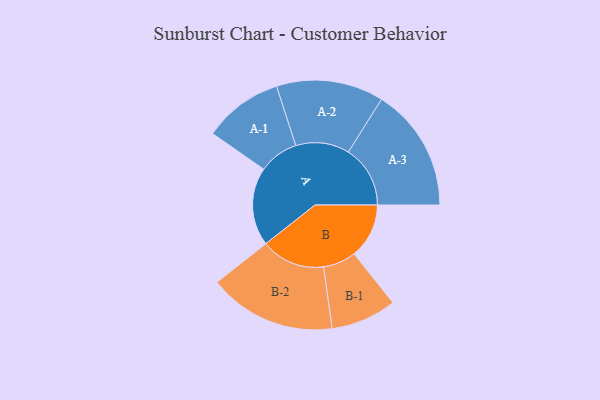
{"axis": {"x": "Segment", "y": "Value"}, "legend": ["", "A", "B"], "data": [{"x": "A", "y": 350, "type": ""}, {"x": "B", "y": 246, "type": ""}, {"x": "A-1", "y": 178, "type": "A"}, {"x": "A-2", "y": 240, "type": "A"}, {"x": "A-3", "y": 277, "type": "A"}, {"x": "B-1", "y": 147, "type": "B"}, {"x": "B-2", "y": 286, "type": "B"}]}